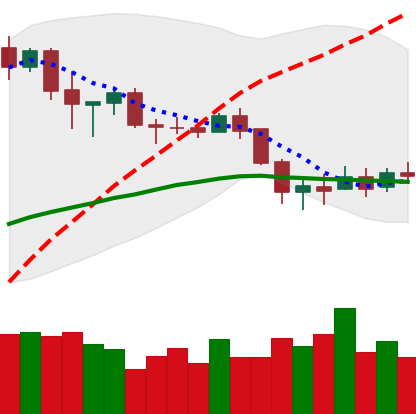
Ticker: BNB-USD
Chart end date: 2020-03-03
Forward return: -13.562%
Label: down_7plus